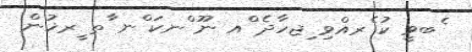
ެބވީ ކު ެރއްވި ިޖހާދެ ްއ ނޫ ްނކަ ްނ ާތ ީރޚުން